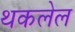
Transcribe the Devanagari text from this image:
थकलेल